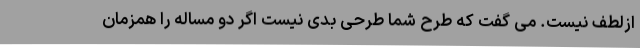
ازلطف نیست. می گفت که طرح شما طرحی بدی نیست اگر دو مساله را همزمان